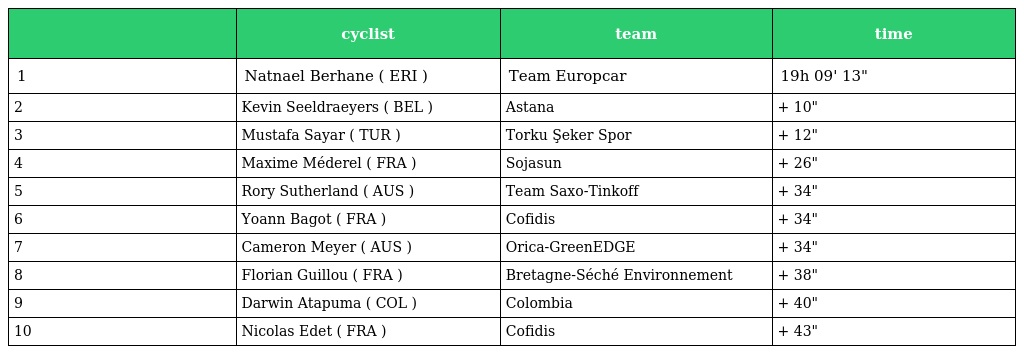
|  | cyclist | team | time |
 | --- | --- | --- | --- |
 | 1 | Natnael Berhane ( ERI ) | Team Europcar | 19h 09' 13" |
 | 2 | Kevin Seeldraeyers ( BEL ) | Astana | + 10" |
 | 3 | Mustafa Sayar ( TUR ) | Torku Şeker Spor | + 12" |
 | 4 | Maxime Méderel ( FRA ) | Sojasun | + 26" |
 | 5 | Rory Sutherland ( AUS ) | Team Saxo-Tinkoff | + 34" |
 | 6 | Yoann Bagot ( FRA ) | Cofidis | + 34" |
 | 7 | Cameron Meyer ( AUS ) | Orica-GreenEDGE | + 34" |
 | 8 | Florian Guillou ( FRA ) | Bretagne-Séché Environnement | + 38" |
 | 9 | Darwin Atapuma ( COL ) | Colombia | + 40" |
 | 10 | Nicolas Edet ( FRA ) | Cofidis | + 43" |